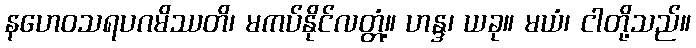
နဟေဝသရပဂမိဿတိ၊ မကပ်နိုင်လတ္တံ့။ ဟန္ဒ၊ ယခု။ မယံ၊ ငါတို့သည်။